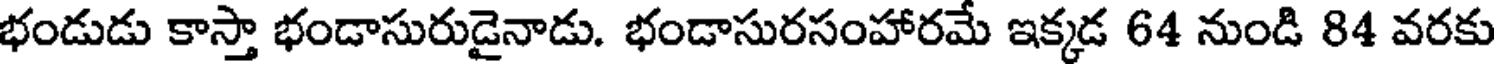
భండుడు కాస్తా భండాసురుడైనాడు. భండాసురసంహారమే ఇక్కడ 64 నుండి 84 వరకు